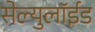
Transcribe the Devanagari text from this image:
सेल्युलॉईड